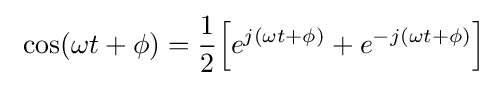
\ \cos(\omega t+\phi )={\frac {1}{2}}{\Big [}e^{j(\omega t+\phi )}+e^{-j(\omega t+\phi )}{\Big ]}